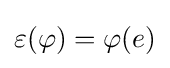
\varepsilon (\varphi )=\varphi (e)